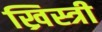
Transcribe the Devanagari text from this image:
ख्रिस्त्री